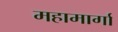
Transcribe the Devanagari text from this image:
महामार्गा